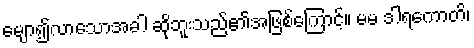
မျော၍လာသောအခါ ဆိုဘူးသည်၏အဖြစ်ကြောင့်။ မမ ဒါရကောတိ၊